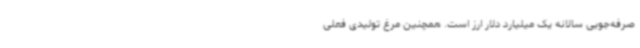
صرفه‌جویی سالانه یک میلیارد دلار ارز است. همچنین مرغ تولیدی فعلی